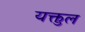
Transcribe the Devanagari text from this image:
यक्तुल